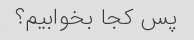
پس کجا بخوابیم؟